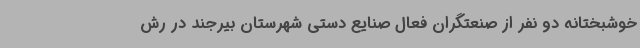
خوشبختانه دو نفر از صنعتگران فعال صنایع دستی شهرستان بیرجند در رش